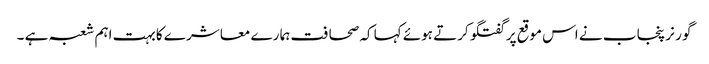
گو ر نر پنجا ب نے اس موقع پر گفتگو کرتے ہوئے کہا کہ صحا فت ہما رے معا شر ے کابہت اہم شعبہ ہے ۔